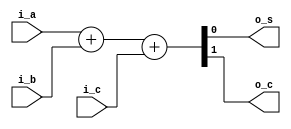
module fa
(
	output		o_s,
	output		o_c,
	input		i_a,
	input		i_b,
	input		i_c
);

	assign {o_c, o_s}	= i_a + i_b + i_c;

endmodule